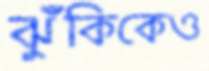
ঝুঁকিকেও